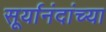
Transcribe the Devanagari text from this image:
सूर्यानंदांच्या